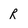
Character: R